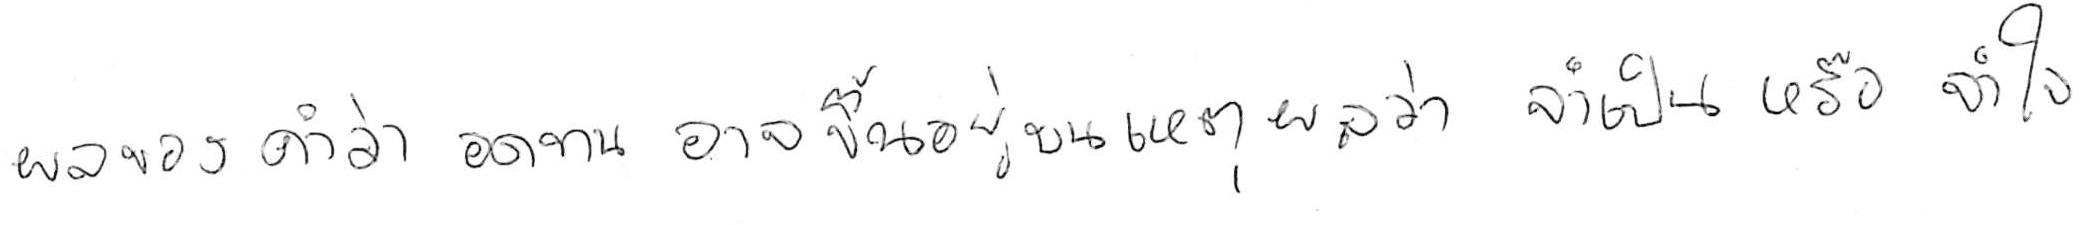
ผลของคำว่า อดทน อาจขึ้นอยู่บนเหตุผลว่า จำเป็น หรือ จำใจ